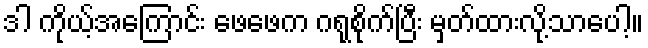
ဒါ ကိုယ့်အကြောင်း ဖေဖေက ဂရုစိုက်ပြီး မှတ်ထားလို့သာပေါ့။